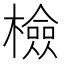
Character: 檢